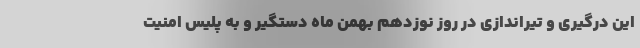
این درگیری و تیراندازی در روز نوزدهم بهمن ماه دستگیر و به پلیس امنیت